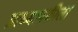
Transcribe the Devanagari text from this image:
प्राध्यापकीला